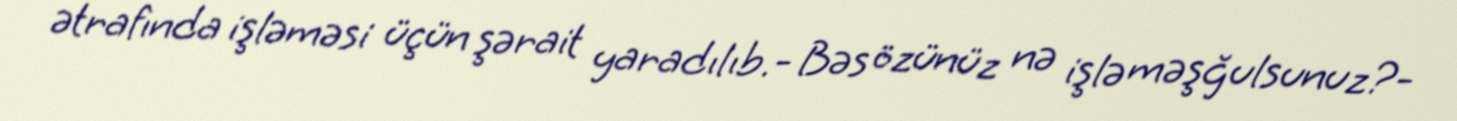
ətrafında işləməsi üçün şərait yaradılıb.- Bəs özünüz nə işlə məşğulsunuz?-